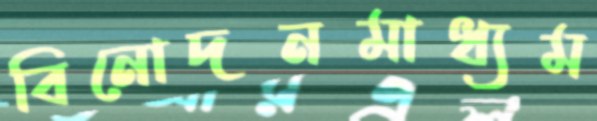
বিনোদনমাধ্যম